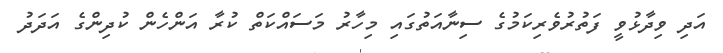
އަދި ވިދާޅުވީ ފަތުރުވެރިކަމުގެ ސިނާއަތުގައި މިހާރު މަސައްކަތް ކުރާ އަންހެން ކުދިންގެ އަދަދު